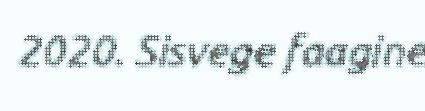
2020. Sisvege faagine